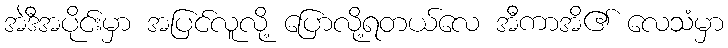
အဲဒီအပိုင်းမှာ အပြင်လူလို့ ပြောလို့ရတယ်လေ အီကာအိ၏ လေသံမှာ